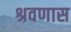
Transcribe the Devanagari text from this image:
श्रवणास